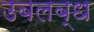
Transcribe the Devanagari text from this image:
उबलब्ध